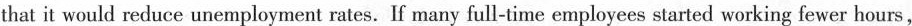
that it would reduce unemployment rates. If many full-time employees started working fewer hours,